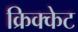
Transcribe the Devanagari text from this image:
क्रिक्केट